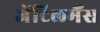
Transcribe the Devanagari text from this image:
जेंटिलमैंस